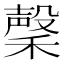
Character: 䅽